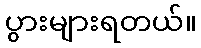
ပွားများရတယ်။